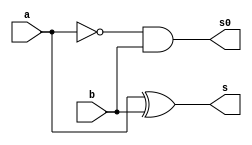
// ---------------------
// FULL-SUBTRATOR-2B
// Nome: Daniel Sathler Silva
// ---------------------

// ---------------------
// -- halsubtrator
// ---------------------

module halfsubtrator (s, s0, a, b);
output s, s0;
input a, b;

wire s, s0;
reg p,q;

xor XOR1 ( s, a, b );
and AND1 ( s0, ~a, b);

endmodule // halfsubtrator

// ---------------------
// -- fullsubtrator
// ---------------------

module fullsubtrator (s, s0, Cin, a, b);
output s, s0;
input a, b, Cin;

wire s, s0, s1, s2, s3;
reg p,q,r;

halfsubtrator HALFSUBTRATOR1(s2, s3, a, b);
halfsubtrator HALFSUBTRATOR2(s, s1, s2, Cin);
or OR1(s0, s1, s3);


endmodule // fullsubtrator

// ---------------------
// -- fullsubtrator2b
// ---------------------

module fullsubtrator2b (s0, s1, s2, Cin, a, b, a1, b1);
 output s0, s1, s2;
 input  Cin, a, b, a1, b1;

 fullsubtrator FULLASUBTRATOR1(s0, s4, Cin, a, a1);
 fullsubtrator FULLASUBTRATOR2(s1, s2, s4, b, b1);
 
endmodule // fullsubtrator2b

// ---------------------
// -- test fullsubtrator2b
// ---------------------

module testfullsubtrator;
reg Cin, a, b, a1, b1;
wire s0, s1, s2;

// instancia
fullsubtrator2b FULLSUBTRATOR2B1 (s0, s1, s2, Cin, a, b, a1, b1);

// parte principal
initial begin

$display("FULLSUBTRATOR - Daniel Sathler Silva - 405795");
$display("Test FULLSUBTRATOR");
$display("\n(c) a   -  b  = s\n");
$monitor("(%b) %b %b - %b %b = %b %b %b", Cin, a, b, a1, b1, s0, s1, s2);
#1  Cin=0; a=0; b=0; a1=0; b1=0;
#1  Cin=0; a=0; b=0; a1=0; b1=1;
#1  Cin=0; a=0; b=0; a1=1; b1=0;
#1  Cin=0; a=0; b=0; a1=1; b1=1;
#1  Cin=0; a=0; b=1; a1=0; b1=0;
#1  Cin=0; a=0; b=1; a1=0; b1=1;
#1  Cin=0; a=0; b=1; a1=1; b1=0;
#1  Cin=0; a=0; b=1; a1=1; b1=1;
#1  Cin=0; a=1; b=0; a1=0; b1=0;
#1  Cin=0; a=1; b=0; a1=0; b1=1;
#1  Cin=0; a=1; b=0; a1=1; b1=0;
#1  Cin=0; a=1; b=0; a1=1; b1=1;
#1  Cin=0; a=1; b=1; a1=0; b1=0;
#1  Cin=0; a=1; b=1; a1=0; b1=1;
#1  Cin=0; a=1; b=1; a1=1; b1=0;
#1  Cin=0; a=1; b=1; a1=1; b1=1;

  


end
endmodule // testfullsubtrator2b